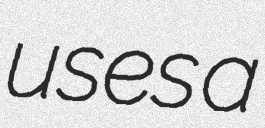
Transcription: uses a